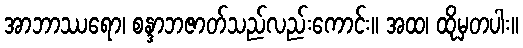
အာဘာဿရော၊ စန္ဒာဘဇာတ်သည်လည်းကောင်း။ အထ၊ ထိုမှတပါး။